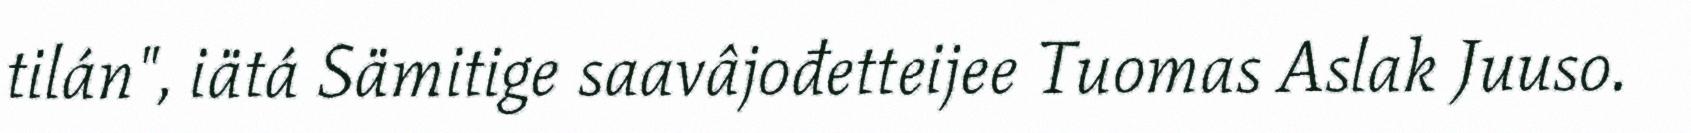
tilán", iätá Sämitige saavâjođetteijee Tuomas Aslak Juuso.